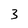
Character: 3